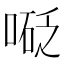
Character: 𠻅